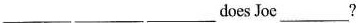
___ ___ ___doesJoc___?